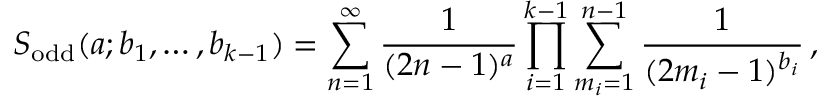
S _ { \mathrm { o d d } } ( a ; b _ { 1 } , \ldots , b _ { k - 1 } ) = \sum _ { n = 1 } ^ { \infty } \frac { 1 } { ( 2 n - 1 ) ^ { a } } \prod _ { i = 1 } ^ { k - 1 } \sum _ { m _ { i } = 1 } ^ { n - 1 } \frac { 1 } { ( 2 m _ { i } - 1 ) ^ { b _ { i } } } \, ,